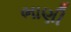
ભાણી